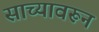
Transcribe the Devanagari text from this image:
साच्यावरून